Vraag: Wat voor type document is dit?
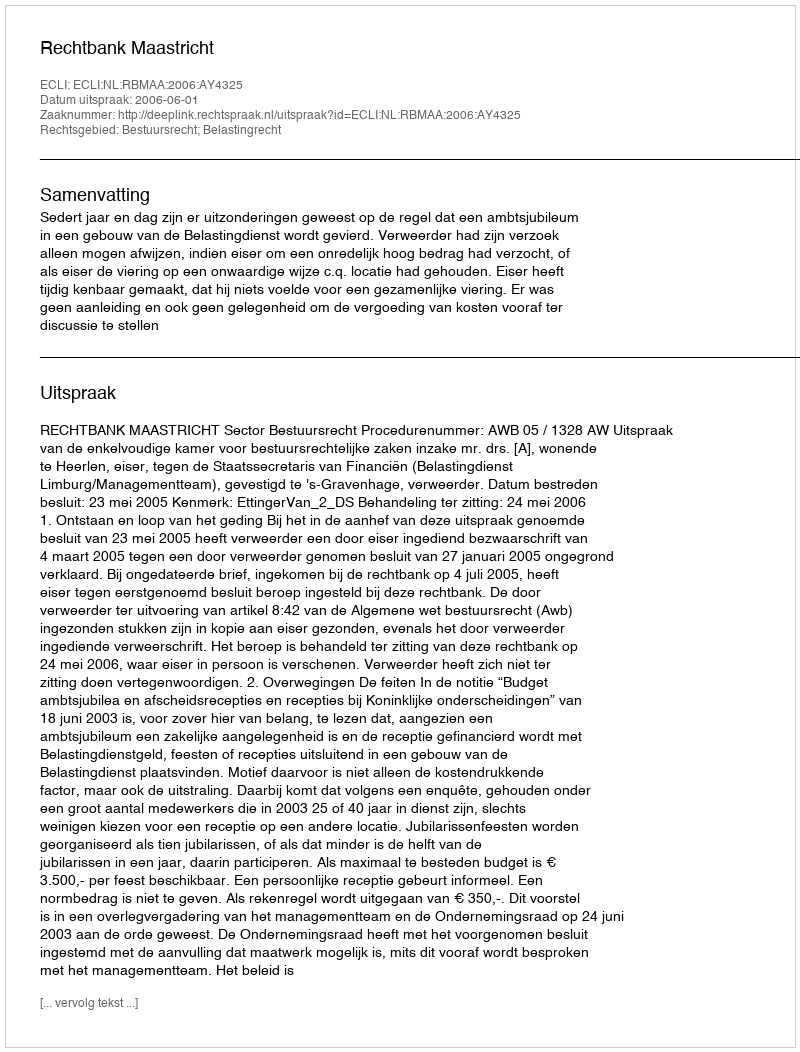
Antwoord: Uitspraak